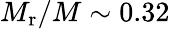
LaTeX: M_{\mathrm{r}}/M\sim 0.32